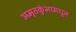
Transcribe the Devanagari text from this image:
अमृतकुंभामधून